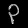
Digit: ၃